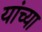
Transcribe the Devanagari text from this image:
यांंच्या